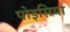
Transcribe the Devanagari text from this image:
पोइसिया